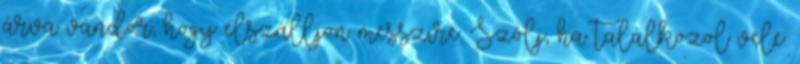
árva vándor, hogy elszálljon messzire. Szólj, ha találkozol vele.